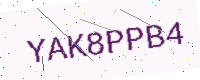
Text: YAK8PPB4